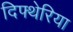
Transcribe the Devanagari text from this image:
दिफ्थेरिया